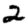
Digit: 2